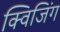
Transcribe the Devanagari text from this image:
क्विजिंग